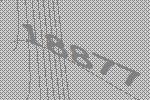
18877